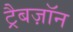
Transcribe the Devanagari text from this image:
ट्रैबज़ॉन